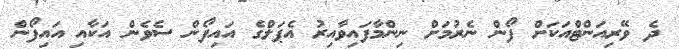
ދެ ވޭރިއަންޓްއަކަށް ފޯން ނެރުމަށް ނިންމާފައިވާއިރު އެޕަލްގެ އައިފޯން ސެވެން އަކާއި އައިފޯން